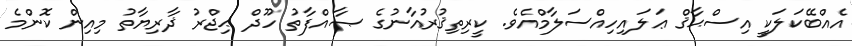
އެއްބޭކަލަކީ އިސްޙާޤް ޢަލައިހިއްސަލާމްއެވެ. ކީރިތިޤުރުއާނުގެ ޞާއްފާތު ހޫދް ޙިޖްރު ޛާރިޔާތު މިއިން ކޮންމެ